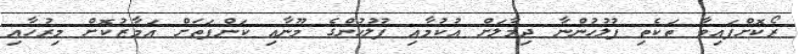
ރޯކޮށްފައިވާ ތަކެތި ފުލުހުންނާ ދިމާލަށް އުކުމާއި ފުލުހުންގެ މޫނާއި ކަންފަތަށް އަމާޒުކޮށް މިރުހާއި